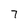
Character: 7